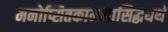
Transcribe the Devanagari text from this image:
मनोप्सितकामनासिद्धयर्थं